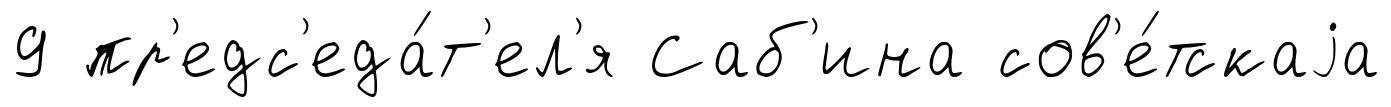
9 пр'едс'еда́т'ел'я Саб'ина сов'е́тскаjа